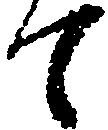
て